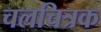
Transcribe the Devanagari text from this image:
चलचित्रक